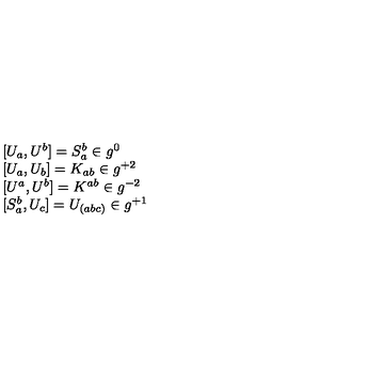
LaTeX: \begin{array} { l } { { [ } U _ { a } , U ^ { b } { ] } = S _ { a } ^ { b } \in g ^ { 0 } } \\ { { [ } U _ { a } , U _ { b } { ] } = K _ { a b } \in g ^ { + 2 } } \\ { { [ } U ^ { a } , U ^ { b } { ] } = K ^ { a b } \in g ^ { - 2 } } \\ { { [ } S _ { a } ^ { b } , U _ { c } { ] } = U _ { ( a b c ) } \in g ^ { + 1 } } \\ \end{array}